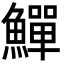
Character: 鱓